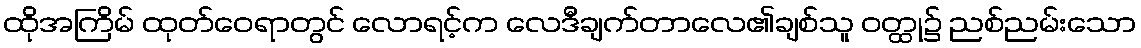
ထိုအကြိမ် ထုတ်ဝေရာတွင် လောရင့်က လေဒီချက်တာလေ၏ချစ်သူ ဝတ္ထု၌ ညစ်ညမ်းသော